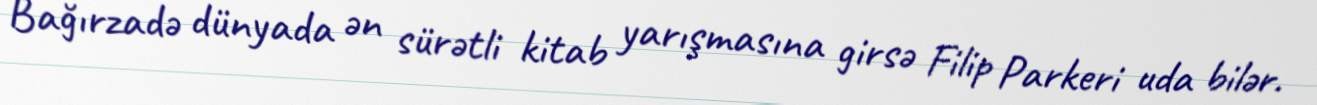
Bağırzadə dünyada ən sürətli kitab yarışmasına girsə Filip Parkeri uda bilər.